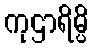
ကုဌာရိမ္ပိ